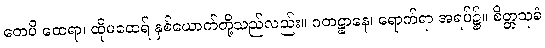
တေပိ ထေရာ၊ ထိုမထေရ် နှစ်ယောက်တို့သည်လည်း။ ဂတဋ္ဌာနေ၊ ရောက်ရာ အရပ်၌။ စိတ္တသုခံ